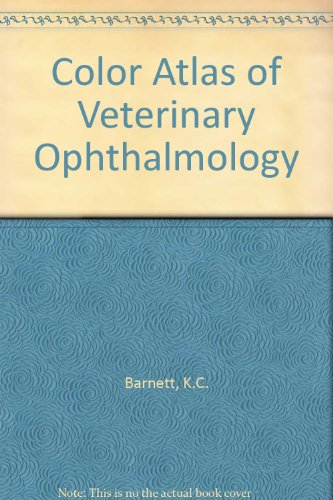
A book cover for Color Atlas of Veterinary Ophthalmology; K.C. Barnett; Medical Books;